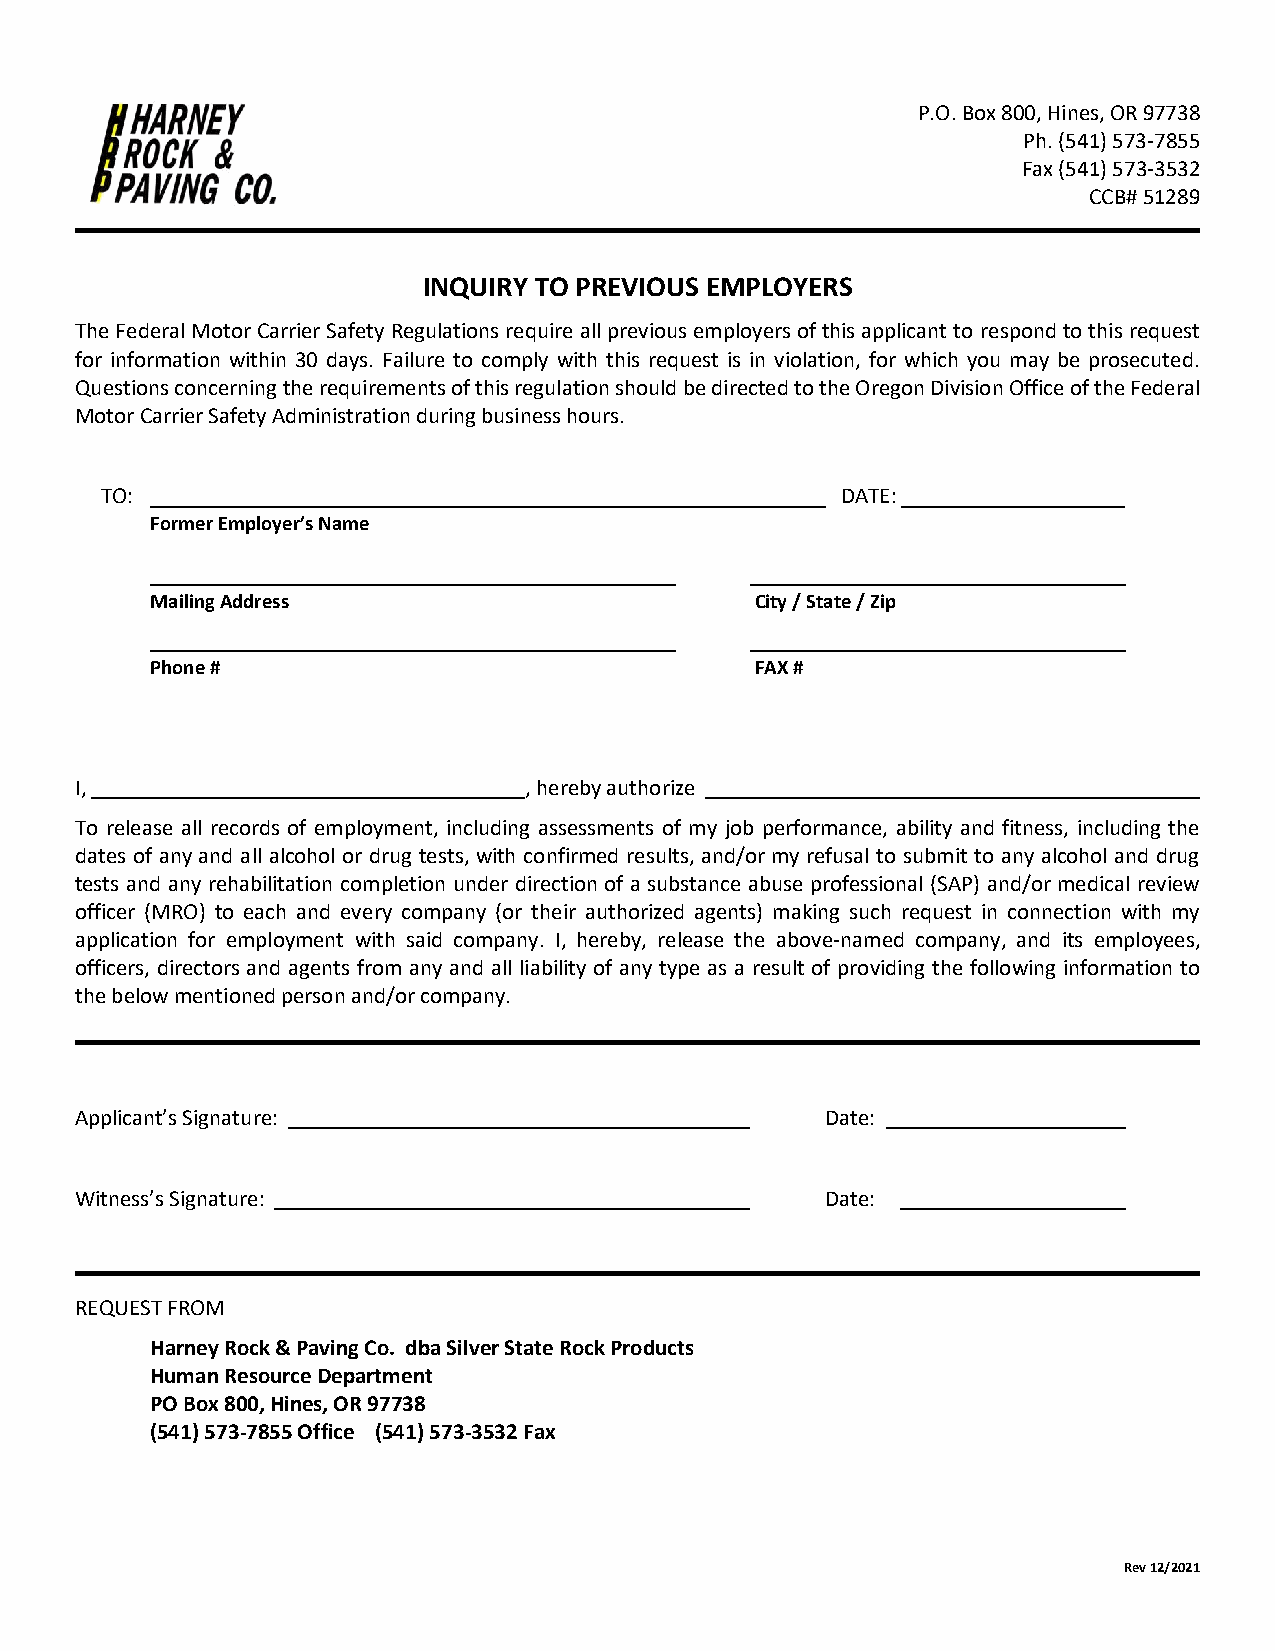
P.O. Box 800, Hines, OR 97738
 Ph. (541) 573-7855
 Fax (541) 573-3532
 CCB# 51289
 INQUIRY TO PREVIOUS EMPLOYERS
 The Federal Motor Carrier Safety Regulations require all previous employers of this applicant to respond to this request
 for information within 30 days. Failure to comply with this request is in violation, for which you may be prosecuted.
 Questions concerning the requirements of this regulation should be directed to the Oregon Division Office of the Federal
 Motor Carrier Safety Administration during business hours.
 TO:                                              DATE:
 Former Employer’s Name
 Mailing Address                         City / State / Zip
 Phone #                                 FAX #
 I,                            , hereby authorize
 To release all records of employment, including assessments of my job performance, ability and fitness, including the
 dates of any and all alcohol or drug tests, with confirmed results, and/or my refusal to submit to any alcohol and drug
 tests and any rehabilitation completion under direction of a substance abuse professional (SAP) and/or medical review
 officer (MRO) to each and every company (or their authorized agents) making such request in connection with my
 application for employment with said company. I, hereby, release the above-named company, and its employees,
 officers, directors and agents from any and all liability of any type as a result of providing the following information to
 the below mentioned person and/or company.
 Applicant’s Signature:                            Date:
 Witness’s Signature:                              Date:
 REQUEST FROM
 Harney Rock & Paving Co. dba Silver State Rock Products
 Human Resource Department
 PO Box 800, Hines, OR 97738
 (541) 573-7855 Office (541) 573-3532 Fax
 Rev 12/2021